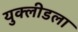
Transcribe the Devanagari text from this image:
युक्लीडला